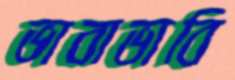
ভাবাভাবি